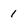
Character: 1